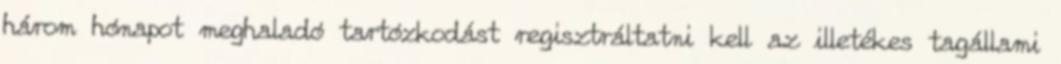
három hónapot meghaladó tartózkodást regisztráltatni kell az illetékes tagállami